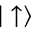
| \uparrow \rangle